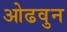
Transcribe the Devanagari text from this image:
ओढवुन